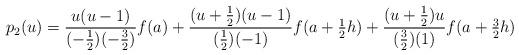
LaTeX: \begin{align*} p_2(u) = \frac{u(u-1)}{(-\tfrac{1}{2})(-\tfrac{3}{2})}f(a) + \frac{(u+\tfrac{1}{2})(u-1)}{(\tfrac{1}{2})(-1)} f(a+\tfrac{1}{2}h) + \frac{(u+\tfrac{1}{2})u}{(\tfrac{3}{2})(1)} f(a+\tfrac{3}{2}h)\end{align*}